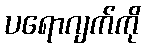
ပရောဂျက်ကို